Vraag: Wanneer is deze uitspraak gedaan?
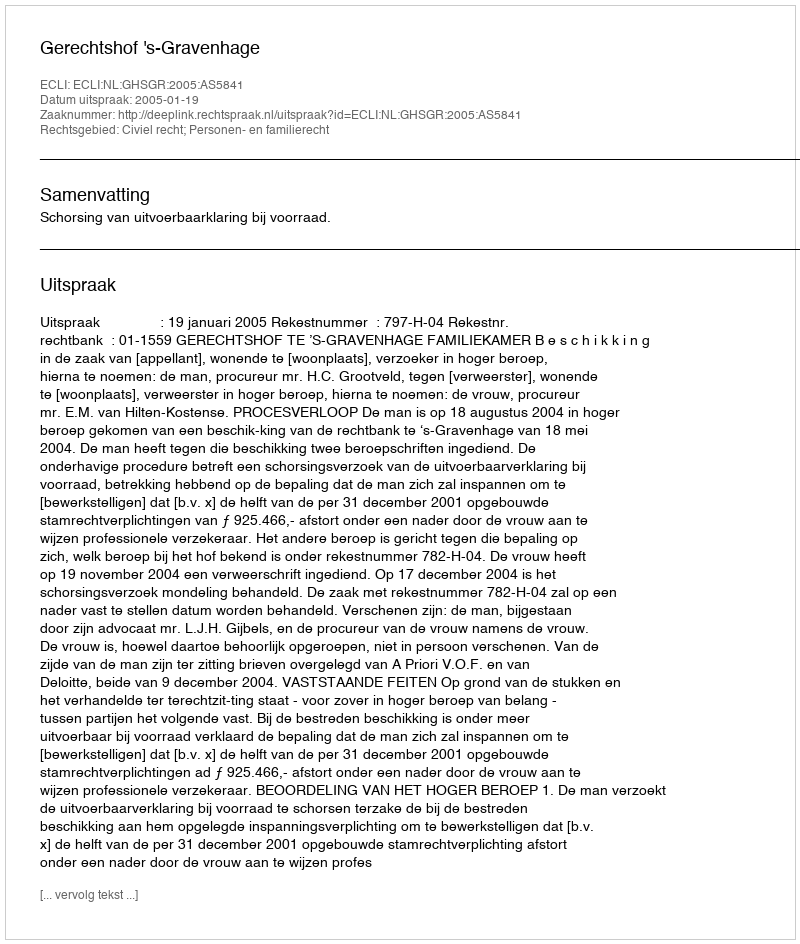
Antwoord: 2005-01-19